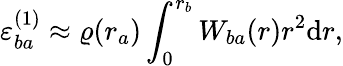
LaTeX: \varepsilon_{ba}^{(1)}\approx\varrho(r_{a})\int_{0}^{r_{b}}W_{ba}(r)r^{2}\mathrm{d}r,